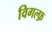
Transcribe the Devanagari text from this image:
विगल्फ़